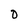
Character: D